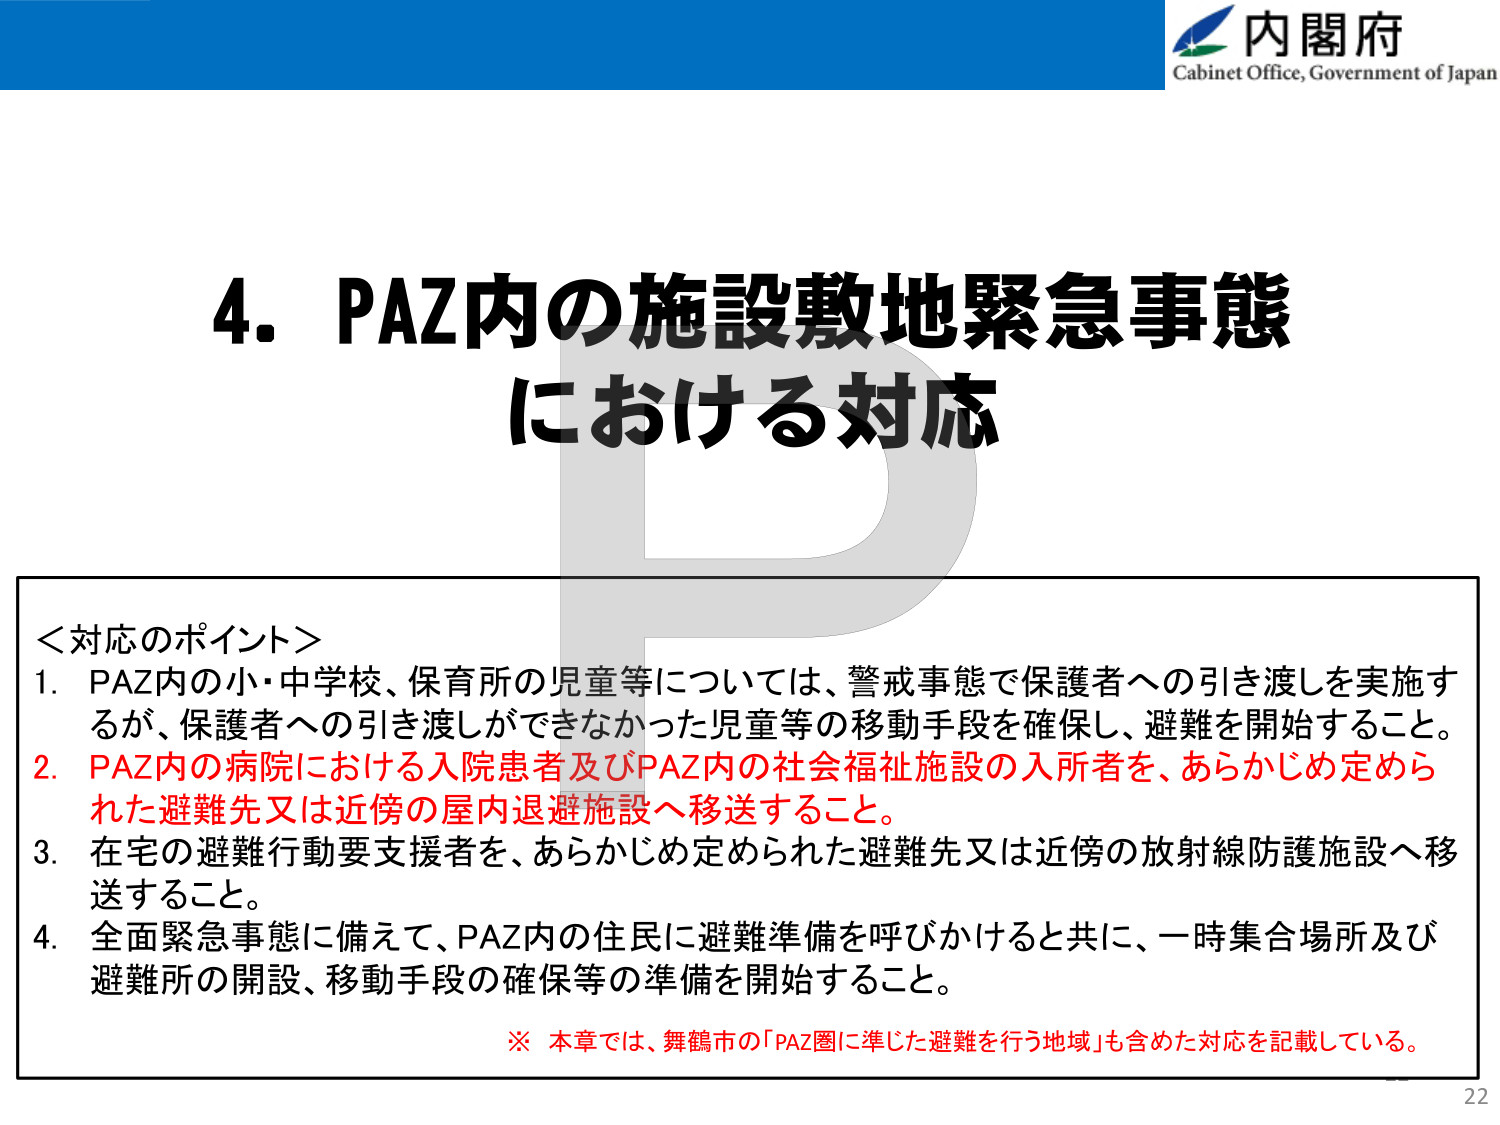
内閣府
Cabinet Office, Government of Japan

4. PAZ内の施設敷地緊急事態
における対応

＜対応のポイント＞
1. PAZ内の小・中学校、保育所の児童等については、警戒事態で保護者への引き渡しを実施するが、保護者への引き渡しができなかった児童等の移動手段を確保し、避難を開始すること。
2. PAZ内の病院における入院患者及びPAZ内の社会福祉施設の入所者を、あらかじめ定められた避難先又は近傍の屋内退避施設へ移送すること。
3. 在宅の避難行動要支援者を、あらかじめ定められた避難先又は近傍の放射線防護施設へ移送すること。
4. 全面緊急事態に備えて、PAZ内の住民に避難準備を呼びかけると共に、一時集合場所及び避難所の開設、移動手段の確保等の準備を開始すること。

※ 本章では、舞鶴市の「PAZ圏に準じた避難を行う地域」も含めた対応を記載している。

22